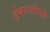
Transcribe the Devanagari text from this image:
ईमारतीची